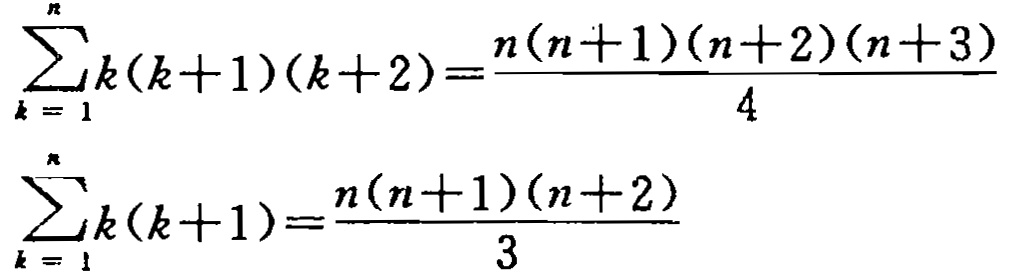
\[\sum_{k = 1}^{n}k(k + 1)(k + 2)=\frac{n(n + 1)(n + 2)(n + 3)}{4}\]

\[\sum_{k = 1}^{n}k(k + 1)=\frac{n(n + 1)(n + 2)}{3}\]